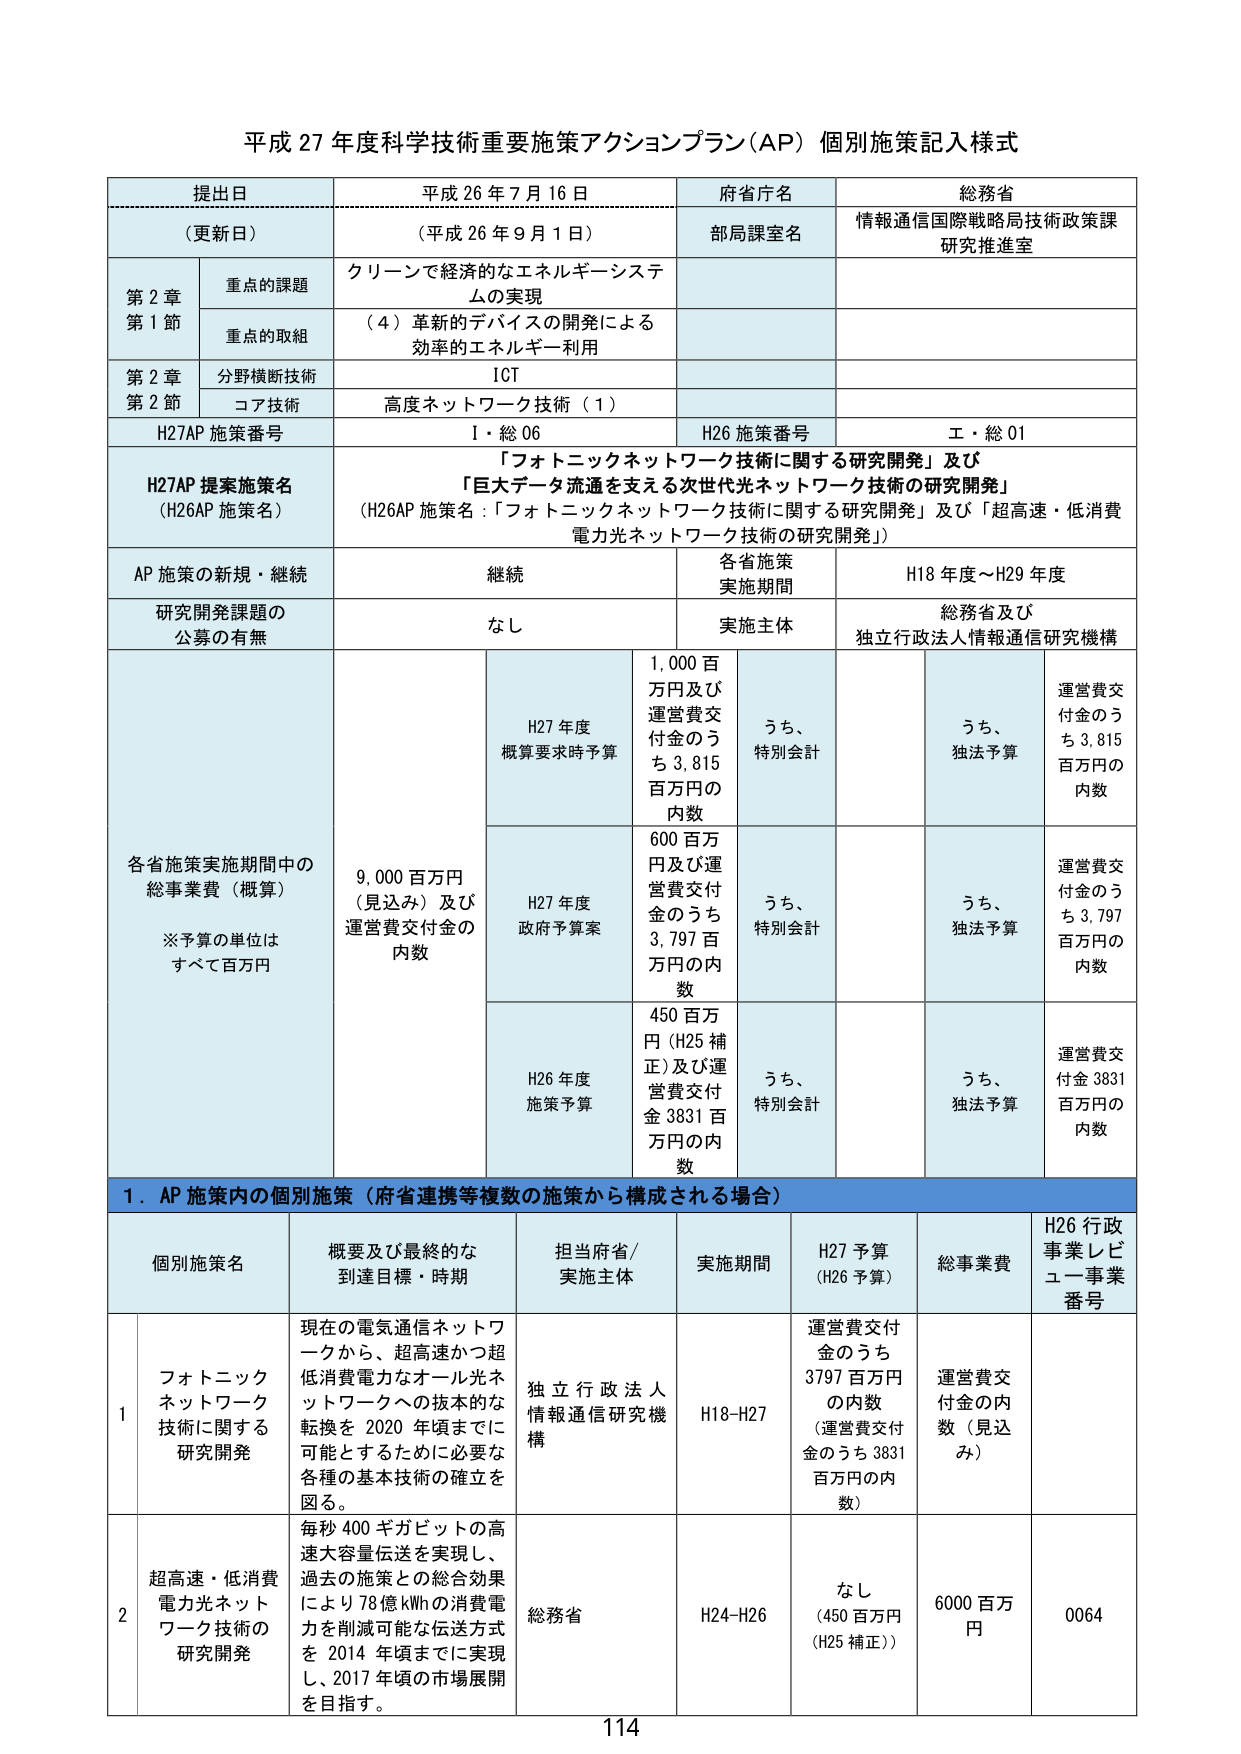
平成 27 年度科学技術重要施策アクションプラン（AP）個別施策記入様式

提出日 平成 26 年 7 月 16 日
（更新日） （平成 26 年 9 月 1 日）
府省庁名 総務省
部局課室名 情報通信国際戦略局技術政策課 研究推進室

第 2 章 重点の課題 クリーンで経済的なエネルギーシステムの実現
第 1 節 重点の取組 （4）革新的デバイスの開発による 効率的エネルギー利用

第 2 章 分野横断技術 ICT
第 2 節 コア技術 高度ネットワーク技術（1）

H27AP 施策番号 I・総 06
H26 施策番号 エ・総 01

H27AP 提案施策名 （H26AP 施策名） 「フォトニックネットワーク技術に関する研究開発」及び 「巨大データ流通を支える次世代光ネットワーク技術の研究開発」 （H26AP 施策名：「フォトニックネットワーク技術に関する研究開発」及び「超高速・低消費電力光ネットワーク技術の研究開発」）

AP 施策の新規・継続 継続
各省施策 実施期間 H18 年度～H29 年度

研究開発課題の 公募の有無 なし
実施主体 総務省及び 独立行政法人情報通信研究機構

各省施策実施期間中の 総事業費（概算） ※予算の単位は すべて百万円
9,000 百万円 （見込み）及び 運営費交付金の 内数

H27 年度 概算要求時予算 1,000 百万円及び 運営費交付金のうち 3,815 百万円の 内数
うち、 特別会計
うち、 独法予算 運営費交付金のうち 3,815 百万円の 内数

H27 年度 政府予算案 600 百万円及び運営費交付金のうち 3,797 百万円の内数
うち、 特別会計
うち、 独法予算 運営費交付金のうち 3,797 百万円の 内数

H26 年度 施策予算 450 百万円（H25 補正）及び運営費交付金 3831 百万円の内数
うち、 特別会計
うち、 独法予算 運営費交付金 3831 百万円の 内数

1．AP 施策内の個別施策（府省連携等複数の施策から構成される場合）

個別施策名 概要及び最終的な 到達目標・時期 担当府省/ 実施主体 実施期間 H27 予算 （H26 予算） 総事業費 H26 行政事業レビュー事業番号

1 フォトニック ネットワーク 技術に関する 研究開発 現在の電気通信ネットワークから、超高速かつ超低消費電力なオール光ネットワークへの抜本的な転換を 2020 年頃までに可能とするために必要な各種の基本技術の確立を図る。 独立行政法人 情報通信研究機構 H18-H27 運営費交付金のうち 3797 百万円の内数 （運営費交付金のうち 3831 百万円の内数） 運営費交付金の内数（見込み）

2 超高速・低消費電力光ネットワーク技術の研究開発 毎秒 400 ギガビットの高速大容量伝送を実現し、過去の施策との総合効果により 78 億 kWh の消費電力を削減可能な伝送方式を 2014 年頃までに実現し、2017 年頃の市場展開を目指す。 総務省 H24-H26 なし （450 百万円（H25 補正）） 6000 百万円 0064

114